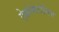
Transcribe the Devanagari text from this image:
ऐक्रोमेटोसिस